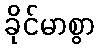
ခိုင်မာစွာ